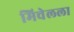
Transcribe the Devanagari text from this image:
मिचेलला